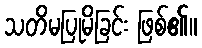
သတိမပြုမိခြင်း ဖြစ်၏။